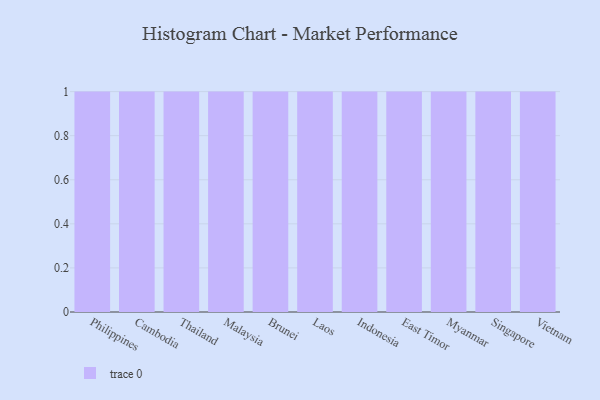
{"axis": {"x": "Country", "y": "Customer Acquisition Cost (USD)"}, "legend": [""], "data": [{"x": "Philippines", "y": 4, "type": ""}, {"x": "Cambodia", "y": 45, "type": ""}, {"x": "Thailand", "y": 49, "type": ""}, {"x": "Malaysia", "y": 63, "type": ""}, {"x": "Brunei", "y": 59, "type": ""}, {"x": "Laos", "y": 76, "type": ""}, {"x": "Indonesia", "y": 18, "type": ""}, {"x": "East Timor", "y": 55, "type": ""}, {"x": "Myanmar", "y": 64, "type": ""}, {"x": "Singapore", "y": 96, "type": ""}, {"x": "Vietnam", "y": 49, "type": ""}]}